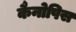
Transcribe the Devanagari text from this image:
कैनोपिस